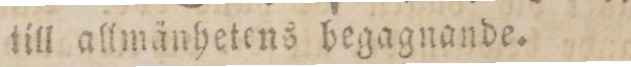
till allmänhetens begagnande.